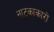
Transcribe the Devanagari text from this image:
नाटकाकारों